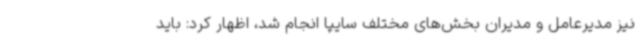
نیز مدیرعامل و مدیران بخش‌های مختلف سایپا انجام شد، اظهار کرد: باید